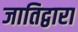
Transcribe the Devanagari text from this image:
जातिद्वारा